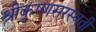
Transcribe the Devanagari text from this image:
श्रीकृष्णसरस्वती